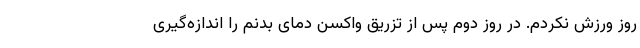
روز ورزش نکردم. در روز دوم پس از تزریق واکسن دمای بدنم را اندازه‌گیری